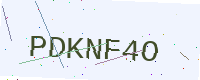
Text: PDKNF4O